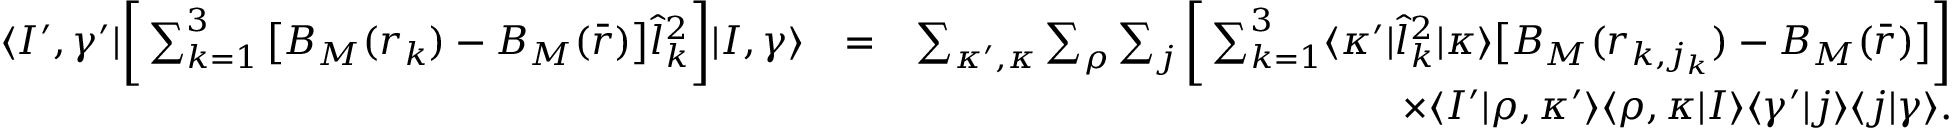
\begin{array} { r l r } { \langle I ^ { \prime } , \gamma ^ { \prime } | \bigg [ \sum _ { k = 1 } ^ { 3 } \big [ B _ { M } ( r _ { k } ) - B _ { M } ( \bar { r } ) \big ] \hat { l } _ { k } ^ { 2 } \bigg ] | I , \gamma \rangle } & { = } & { \sum _ { \kappa ^ { \prime } , \kappa } \sum _ { \rho } \sum _ { j } \bigg [ \sum _ { k = 1 } ^ { 3 } \langle \kappa ^ { \prime } | \hat { l } _ { k } ^ { 2 } | \kappa \rangle \big [ B _ { M } ( r _ { k , j _ { k } } ) - B _ { M } ( \bar { r } ) \big ] \bigg ] } \\ & { } & { \times \langle I ^ { \prime } | \rho , \kappa ^ { \prime } \rangle \langle \rho , \kappa | I \rangle \langle \gamma ^ { \prime } | j \rangle \langle j | \gamma \rangle . } \end{array}